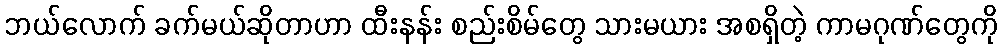
ဘယ်လောက် ခက်မယ်ဆိုတာဟာ ထီးနန်း စည်းစိမ်တွေ သားမယား အစရှိတဲ့ ကာမဂုဏ်တွေကို